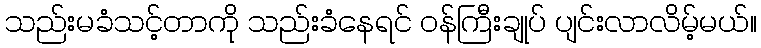
သည်းမခံသင့်တာကို သည်းခံနေရင် ဝန်ကြီးချုပ် ပျင်းလာလိမ့်မယ်။